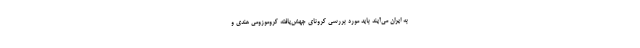
به ایران می‌آیند باید مورد بررسی کرونای جهش‌یافته کروموزومی هندی و